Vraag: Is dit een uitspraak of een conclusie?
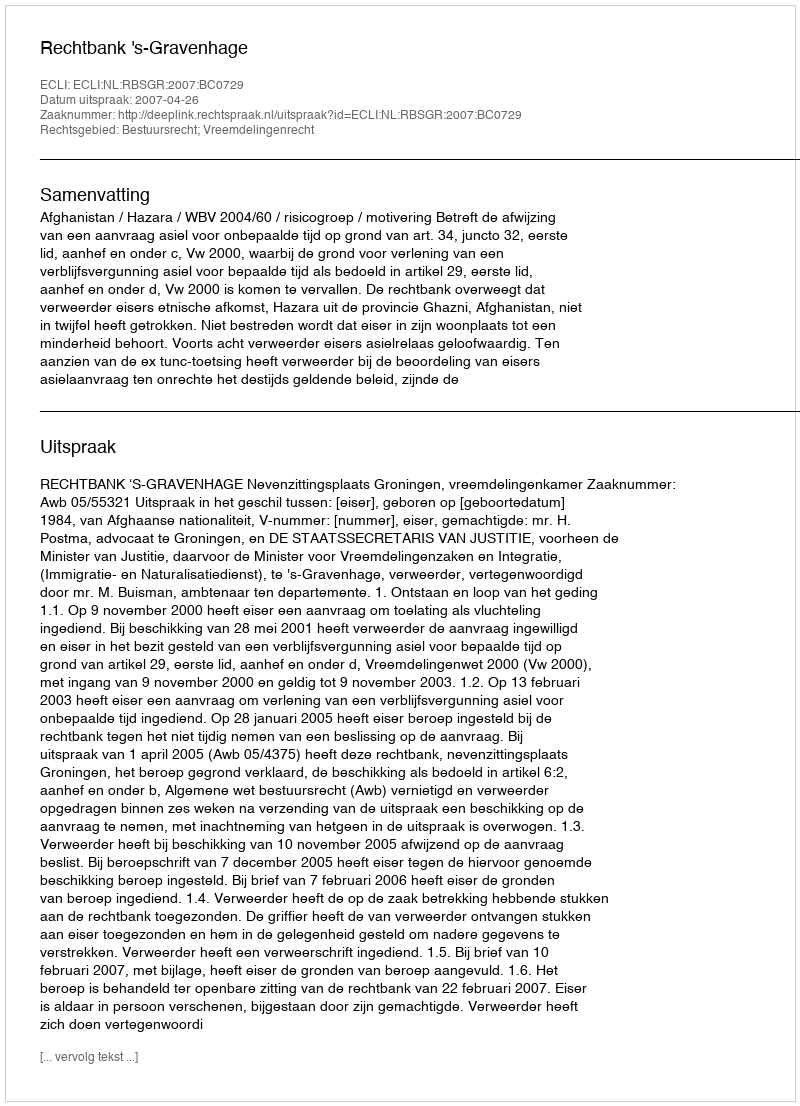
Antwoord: Uitspraak